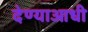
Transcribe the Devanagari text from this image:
देण्याआधी